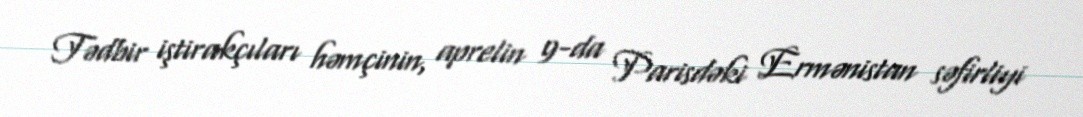
Tədbir iştirakçıları həmçinin, aprelin 9-da Parisdəki Ermənistan səfirliyi